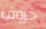
خروف